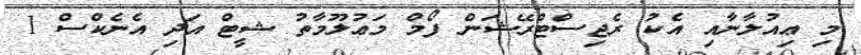
މި ޢިއުލާނާއި އެކު ރެޖިސްޓްރޭޝަން ފޯމް މަޢުލޫމާތު ޝީޓް އަދި އެނެކްސް 1